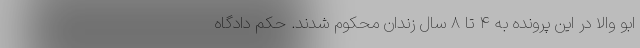
ابو والا در این پرونده به ۴ تا ۸ سال زندان محکوم شدند. حکم دادگاه